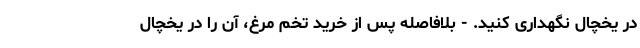
در یخچال نگهداری کنید. - بلافاصله پس از خرید تخم مرغ، آن را در یخچال